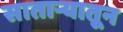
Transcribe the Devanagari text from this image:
सातार्‍यातून